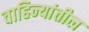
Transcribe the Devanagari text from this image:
वाहिन्यांतील